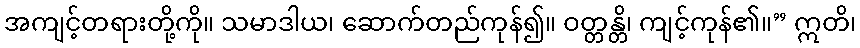
အကျင့်တရားတို့ကို။ သမာဒါယ၊ ဆောက်တည်ကုန်၍။ ဝတ္တန္တိ၊ ကျင့်ကုန်၏။” ဣတိ၊